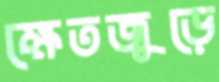
ক্ষেতজুড়ে